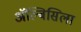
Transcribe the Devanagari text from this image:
ॲल्बिसिला